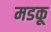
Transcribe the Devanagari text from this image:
मडकू